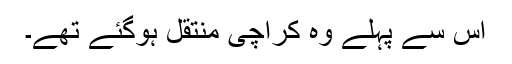
اس سے پہلے وہ کراچی منتقل ہوگئے تھے۔